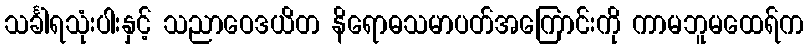
သင်္ခါရသုံးပါးနှင့် သညာဝေဒယိတ နိရောဓသမာပတ်အကြောင်းကို ကာမဘူမထေရ်က